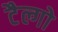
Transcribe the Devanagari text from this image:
टैल्गो